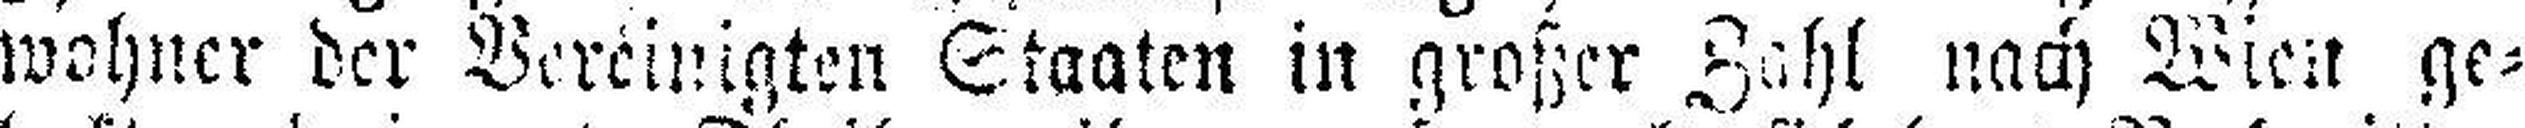
wohner der Bereinigten Staaten in großer Zahl nach Wien ge¬